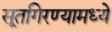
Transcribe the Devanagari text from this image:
सूतगिरण्यामध्ये